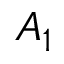
A _ { 1 }